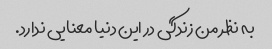
به نظر من زندگی در این دنیا معنایی ندارد.